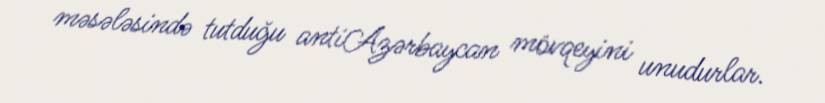
məsələsində tutduğu antiAzərbaycan mövqeyini unudurlar.